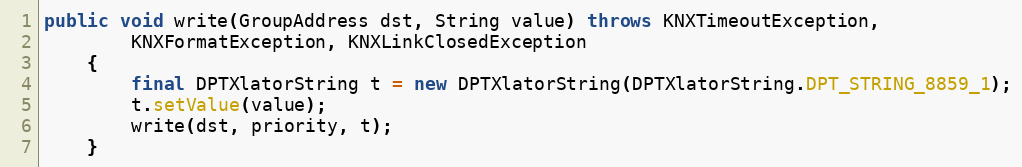
Language: Java
public void write(GroupAddress dst, String value) throws KNXTimeoutException,
		KNXFormatException, KNXLinkClosedException
	{
		final DPTXlatorString t = new DPTXlatorString(DPTXlatorString.DPT_STRING_8859_1);
		t.setValue(value);
		write(dst, priority, t);
	}